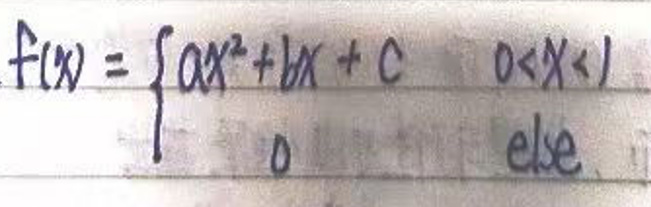
$f(x)=\begin{cases}ax^2 + bx + c & 0<x<1\\0 & \text{else}\end{cases}$